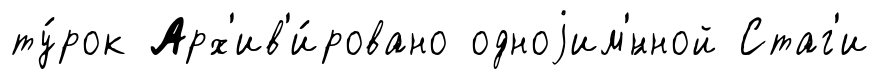
ту́рок Арх'ив'и́ровано одноjим'́нной Стаг'и